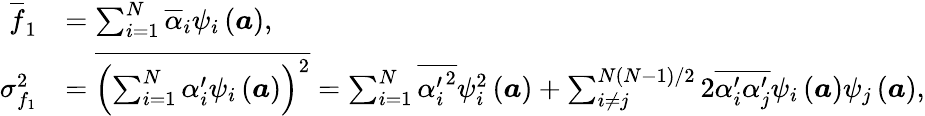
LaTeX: \begin{array}{rl}{\overline{{f}}_{1}}&{=\sum_{i=1}^{N}\overline{{\alpha}}_{i}\psi_{i}\left(\boldsymbol{a}\right),}\\ {\sigma_{f_{1}}^{2}}&{=\overline{{\left(\sum_{i=1}^{N}\alpha_{i}^{\prime}\psi_{i}\left(\boldsymbol{a}\right)\right)^{2}}}=\sum_{i=1}^{N}\overline{{{\alpha_{i}^{\prime}}^{2}}}\psi_{i}^{2}\left(\boldsymbol{a}\right)+\sum_{i\neq j}^{N(N-1)/2}2\overline{{\alpha_{i}^{\prime}\alpha_{j}^{\prime}}}\psi_{i}\left(\boldsymbol{a}\right)\psi_{j}\left(\boldsymbol{a}\right),}\end{array}